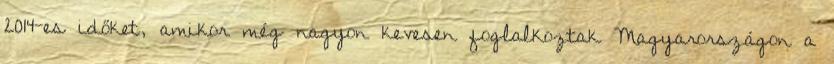
2014-es időket, amikor még nagyon kevesen foglalkoztak Magyarországon a